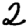
Digit: 2